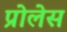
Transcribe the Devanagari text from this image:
प्रोलेस